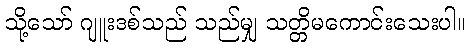
သို့သော် ဂျူးဒစ်သည် သည်မျှ သတ္တိမကောင်းသေးပါ။